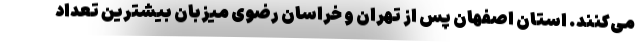
می‌کنند. استان اصفهان پس از تهران و خراسان رضوی میزبان بیشترین تعداد